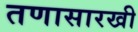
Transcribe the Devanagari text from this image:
तणासारखी